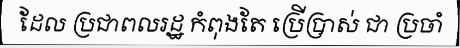
ដែល ប្រជាពលរដ្ឋ កំពុងតែ ប្រើប្រាស់ ជា ប្រចាំ